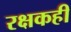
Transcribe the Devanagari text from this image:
रक्षकही